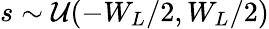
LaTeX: s\sim\mathcal{U}(-W_{L}/2,W_{L}/2)